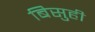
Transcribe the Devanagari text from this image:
बिसुही